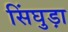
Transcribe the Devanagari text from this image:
सिंघुड़ा